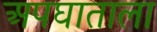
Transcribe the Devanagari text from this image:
अपघाताला